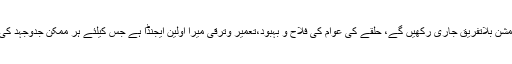
انہوں نے کہاکہ وہ یونین کونسل میں عوامی خدمت کا مشن بلاتفریق جاری رکھیں گے، حلقے کی عوام کی فلاح و بہبود،تعمیر وترقی میرا اولین ایجنڈا ہے جس کیلئے ہر ممکن جدوجہد کی جائے گی اور پارٹی قیادت کی توجہ دلائی جائے گی۔